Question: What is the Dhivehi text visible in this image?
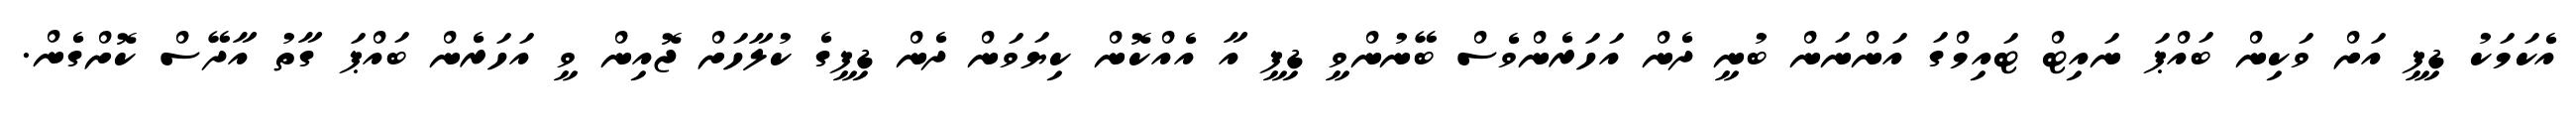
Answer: އެކަމަކު ޑިފީ އަށް ވަކިން ބައްޕަ ނައިޓް ޓައިމްގަ އަންނަން ބުނީ ދެން އަހަރެންވެސް ބޭނުންވީ ޑިފީ އާ އެއްކޮން ކިޔަވަން ދެން ޑިފީގެ ކުލާހަށް ޖޮއިން ވީ އަހަރެން ބައްޕަ ގާތު އާދޭސް ކޮށްގެން.